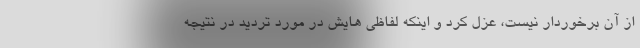
از آن برخوردار نیست، عزل کرد و اینکه لفاظی هایش در مورد تردید در نتیجه